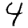
Digit: 4